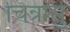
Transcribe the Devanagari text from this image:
चिन्रासु